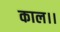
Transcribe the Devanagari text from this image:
काल।।